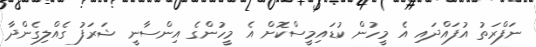
ނަފްރަތު އުފައްދައި އެ މީހުން ކުޑައިމީސްކޮށް އެ މީހުންގެ އިންސާނީ ޝަރަފު ގެއްލިގެންދާ